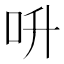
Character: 呏